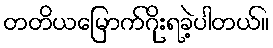
တတိယမြောက်ဂိုးရခဲ့ပါတယ်။